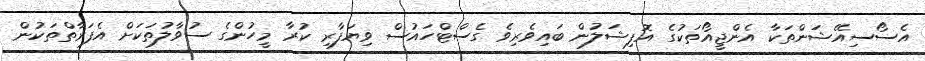
އެސޯސިއޭޝަންތަކާ އެންޖީއޯތަކުގެ އޮފިޝަލުން ބައިވެރިވެ ގެސްޓްހައުސް ވިޔަފާރި ކުރާ މީހުންގެ ސުވާލުތަކަށް އެފަރާތްތަކުން